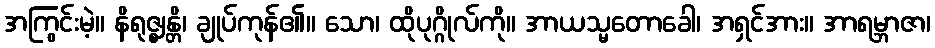
အကြွင်းမဲ့။ နိရုဇ္ဈန္တိ၊ ချုပ်ကုန်၏။ သော၊ ထိုပုဂ္ဂိုလ်ကို။ အာယသ္မတောခေါ၊ အရှင်အား။ အာရမ္ဘာဇာ၊